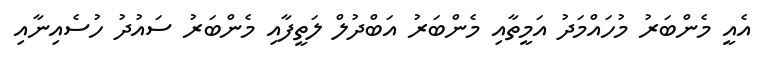
އެއީ މެންބަރު މުހައްމަދު އަމީތާއި މެންބަރު އަބްދުލް ލަތީފާއި މެންބަރު ސައުދު ހުސެއިނާއި